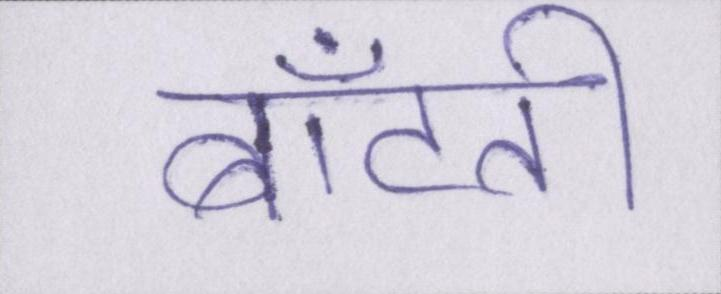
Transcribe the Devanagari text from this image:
बाँटती